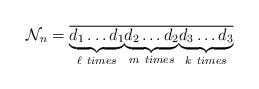
LaTeX: \begin{align*}\mathcal{N}_n=\overline{\underbrace{d_1\ldots d_1}_{\ell~times}}\overline{\underbrace{d_2\ldots d_2}_{m~times}}\overline{\underbrace{d_3\ldots d_3}_{k~times}}\end{align*}